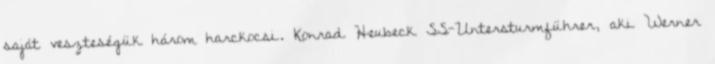
saját veszteségük három harckocsi. Konrad Heubeck SS-Untersturmführer, aki Werner